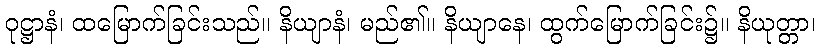
ဝုဋ္ဌာနံ၊ ထမြောက်ခြင်းသည်။ နိယျာနံ၊ မည်၏။ နိယျာနေ၊ ထွက်မြောက်ခြင်း၌။ နိယုတ္တာ၊